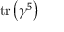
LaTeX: \operatorname { t r } \left( \gamma ^ { 5 } \right)